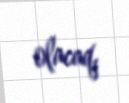
olacaq.